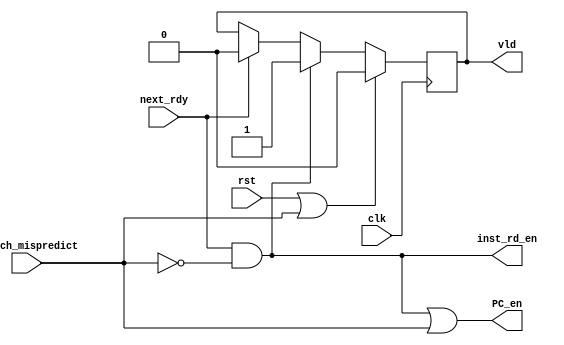
//Copyright 2020 Marco Merlini. This file is part of the fpga-bpf project,
//whose license information can be found at 
//https://github.com/UofT-HPRC/fpga-bpf/blob/master/LICENSE

`timescale 1ns / 1ps

/*
stage0.v

Implements the fetch stage of the pipelined controller
*/

module stage0 (
    input wire clk,
    input wire rst,

    input wire branch_mispredict,
    output wire inst_rd_en,
    output wire PC_en,
    
    input wire next_rdy,
    output wire vld
);

    //If next stage is ready, we can read an instruction
    //However, if the branch_mispredict signal is asserted, it means PC is being
    //changed on this cycle, and we should wait
    assign inst_rd_en = next_rdy && !branch_mispredict;
    
    //We should increment PC if we read an instruction, or if we need to jump
    assign PC_en = inst_rd_en || branch_mispredict;
    
    reg vld_r = 0;
    always @(posedge clk) begin
        if (rst || branch_mispredict) vld_r <= 0;
        else if (inst_rd_en) vld_r <= 1;
        else if (next_rdy) vld_r <= 0;
    end
    
    assign vld = vld_r;
    
endmodule